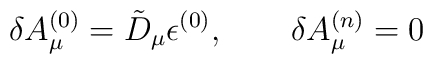
\delta A_\mu^{(0)} = \tilde{D}_\mu \epsilon^{(0)}, \qquad \delta A_\mu^{(n)}= 0